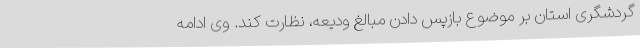
گردشگری استان بر موضوع بازپس دادن مبالغ ودیعه، نظارت کند. وی ادامه